Vital statistics of India. Vol. IV, Annual returns from 1871 to 1876. British Army of India, Native Army and jails of Bengal
Year: 1871
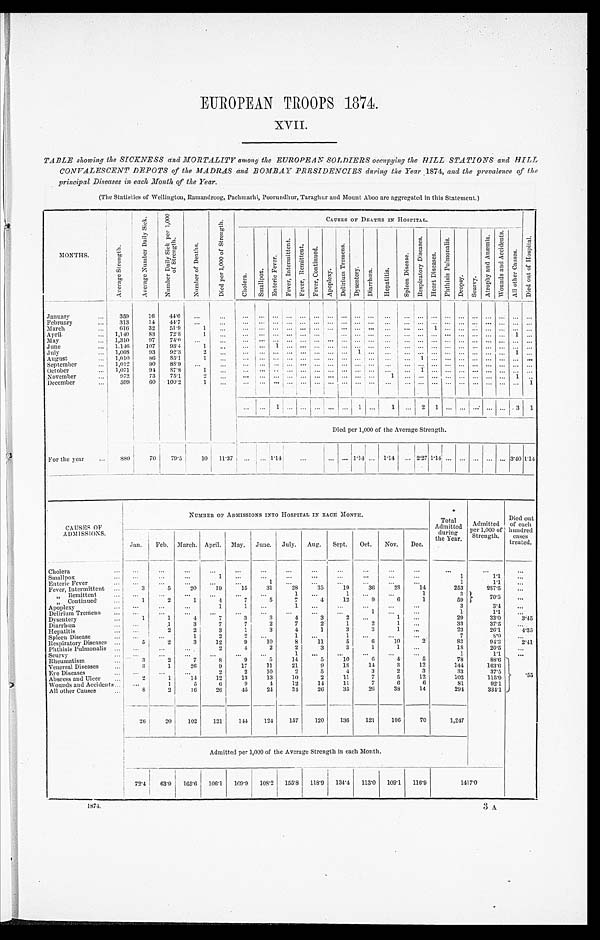
EUROPEAN TROOPS 1874.
XVII.
TABLE showing the SICKNESS and MORTALITY among the EUROPEAN SOLDIERS occupying the HILL STATIONS and HILL
CONVALESCENT DEPOTS of the MADRAS and BOMBAY PRESIDENCIES during the Year 1874, and the prevalence of the
principal Diseases in each Month of the Year.
(The Statistics of Wellington, Ramandroog, Pachmarhi, Poorundhur, Taraghur and Mount Aboo are aggregated in this Statement.)
MONTHS.
A v e r a g e S t r e n g t h .
A v e r a g e N u m b e r D a i l y S i c k .
N u m b e r D a i l y S i c k p e r 1 , 0 0 0 o f S t r e n g t h .
N u m b e r o f D e a t h s .
D i e d p e r 1 , 0 0 0 o f S t r e n g t h .
C A U S E S O F D R A T H S I N H O S P I T A L .
D i e d o u t o f H o s p i t a l .
C h o l e r a .
S m a l l p o x .
E n t e r i e F e v e r .
F e v e r , I n t e r m i t t e n t .
F e v e r , R e m i t t e n t .
F e v e r , C o n t i n u e d .
A p o p l e x y .
D e l i r i u m T r e m e n s .
D y s e n t e r y .
D i a r r h œ a .
H e p a t i t i s .
S p l e e n D i s e a s e .
R e s p i r a t o r y D i s e a s e s . H e a r t D i s e a s e s .
P h t h i s i s P u l m o n a l i s .
Dr o p s y . S c u r v y .
A t r o p h y a n d A n æ m i a .
W o u n d s a n d A c c i d e n t s .
A l l o t h e r C a u s e s .
January . . .
359
16
44.6
. . .
. . .
. . .
. . . . . .
. . . . . .
. . .
. . .
. . .
. . . . . . . . .. . . . . .
. . .
. . .
. . . . . .
. . .
. . .
. . .
. . .
February . . .
313
14
44.7
. . .
. . .
. . .
. . . . . .
. . . . . .
. . .
. . .
. . .
. . . . . . . . .. . . . . .
. . .
. . .
. . .
. . .
. . .
. . .
. . . . . .
March . . .
616
32
51.9
1
. . .
. . .
. . . . . .
. . . . . . . . . . . .
. . .
. . . . . .
. . .
. . . . . .
1
. . .
. . .
. . .
. . .
. . .
. . .
. . .
April . . .
1,140
83
72.8
1
. . .
. . .
. . . . . .
. . . . . . . . .
. . . . . .
. . . . . . . . .
. . . . . . . . .
. . . . . . . . .
. . .
. . . 1 . . .
May . . .
1,310
97
74.0 . . .
. . .
. . .
. . . . . . . . . . . . . . . . . . . . .
. . . . . . . . .. . . . . . . . .
. . . . . . . . .
. . .
. . .
. . . . . .
June . . .
1.146
107
93.4
1
. . .
. . .
. . . 1
. . . . . .
. . .
. . .
. . .
. . . . . .
. . .
. . . . . . . . .
. . . . . .
. . .
. . .
. . . . . . . . .
July . . .
1,008
93
92.3
2
. . .
. . . . . . . . .
. . . . . .
. . .
. . .
. . . 1
. . . . . . . . . . . . . . . . . . . . .
. . .
. . .
. . . 1 . . .
August . . .
1,010
86
85.1
1
. . .
. . . . . . . . .
. . . . . .
. . . . . .
. . .
. . .
. . .
. . . . . . 1
. . .
. . . . . . . . . . . . . . .
. . . . . .
September . . .
1,012
90
88.9
. . .
. . .
. . . . . . . . .
. . . . . .
. . .
. . .
. . .
. . . . . . . . .. . . . . .
. . .
. . .
. . .
. . .
. . .
. . . . . . . . .
October . . .
1,071
94
87.8
1
. . .
. . .
. . . . . .
. . . . . .
. . . . . .
. . .
. . . . . .
. . .
. . . 1
. . .
. . .
. . .
. . .
. . .
. . . . . . . . .
November . . .
972
73
75.1
2
. . .
. . .
. . . . . .
. . .
. . . . . .
. . .
. . .
. . .
. . . 1 . . . . . .
. . .
. . .
. . .
. . .
. . .
. . . 1 . . .
December . . .
599
60
100.2
1
. . .
. . .
. . . . . .
. . . . . . . . .
. . .
. . .
. . . . . . . . .
. . . . . . . . .
. . . . . . . . .
. . .
. . . . . . 1
. . .
. . . 1
. . . . . . . . .
. . . . . . 1
. . . 1 . . . 2
1
. . .
. . .
. . .
. . .
. . . 3
1
Died per 1,000 of the Average Strength.
For the year . . .
880
70
79.5
10 11.37 . . . . . .
1 . 1 4
. . .
. . .
. . . 1.14 . . . 1.14
. . .
2.27
1 . 1 4 . . . . . . . . . . . . . . . 3.40 1.14
CAUSES OF
ADMISSIONS.
NUMBER OF ADMISSIONS INTO HOSPITAL IN EACH MONTH.
Total
Admitted
during
the Year.
Admitted
per 1,000 of
Strength.
Died out
of each
hundred
cases
treated.
Jan.
Feb. March. April. May. June. July. Aug.
Sept.
Oct.
Nov.
Dec.
Cholera . . .
. . .
. . .
. . .
. . .
. . .
. . .
. . .
. . .
. . .
. . .
. . .
. . .
. . .
. . .
. . .
Smallpox . . .
. . .
. . .
. . .
1
. . .
. . .
. . .
. . .
. . .
. . .
. . .
. . .
1
1.1
. . .
Enteric Fever . . .
. . . . . .
. . .
. . .
. . .
1
. . .
. . .
. . .
. . .
. . .
. . .
1
1.1
. . .
Fever, Intermittent . . .
3
5
20
19
15
31
28
35
19
36
28
14
253
287.5
. . .
" Remittent . . .
. . .
. . .
. . .
. . .
. . .
. . .
1
. . .
1
. . .
. . .
1
3
70.5
. . .
" C o n t i n u e d . . . .
1
2
1
4
7
5
7
4
12
9
6
1
59
Apoplexy . . .
. . . . . .
. . .
1
1
. . .
1
. . .
. . .
. . .
. . .
. . .
3
3.4
. . .
Delirium Tremens . . .
. . .
. . .
. . .
. . .
. . .
. . .
. . .
. . .
. . .
1
. . .
. . .
1
1.1 . . .
Dysentery . . .
1
1
4
7
3
3
4
3
2
. . .
1
. . .
29
33.0
3.45
Diarrhœa . . .
. . .
1
3
7
7
2
7
2
1
2
1
. . .
33
37.5 . . .
Hepatitis . . .
. . .
2
2
3
1
3
4
1
3
3
1
. . .
23
26.1
4.35
Spleen Disease . . .
. . .
. . .
1
2
2
. . .
1
. . .
1
. . .
. . .
. . .
7
8 . 0
. . .
Respiratory Diseases . . .
5
2
3
12
9
10
8
11
5
6
10
2
83
94.3
2.41
Phthisis Pulmonalis . . .
. . .
. . .
. . .
2
4
2
2
3
3
1
1
. . .
18
20.5
. . .
Scurvy . . .
. . .
. . .
. . .
. . .
. . .
. . .
1
. . .
. . .
. . .
. . .
. . .
1
1.1
. . .
Rheumatism . . .
3
2
7
8
9
5
14
5
10
6
4
5
78
88.6
.55
Venereal Diseases . . ..
3
1
26
9
17
11
21
9
18
14
3
12
144
163.6
Eve Diseases . . .
. . .
. . .
. . .
2
2
10
2
5
4
3
2
3
33
37.5
Abscess and Ulcer . . .
2
1
14
12
13
13
10
2
11
7
5
12
102
115.9
Wounds and Accidents . . .
. . .
1
5
6
9
4
12
14
11
7
6
6
81
92.1
All other Causes . . .
8
2
16
26
45
24
34
26
35
26
38
14
294
334.1
26
20
102
121
144
124
157
120
136
121
106
70
1,247
Admitted per 1,000 of the Average Strength in each Month.
72.4 63.9
165.6
106.1
109.9
108.2
155.8
118.9
134.4
113.0 109.1
116.9
1 4 1 7 . 0
1874.
3A